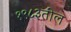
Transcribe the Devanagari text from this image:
१९८३तील